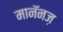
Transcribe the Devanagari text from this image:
मानॅनज़